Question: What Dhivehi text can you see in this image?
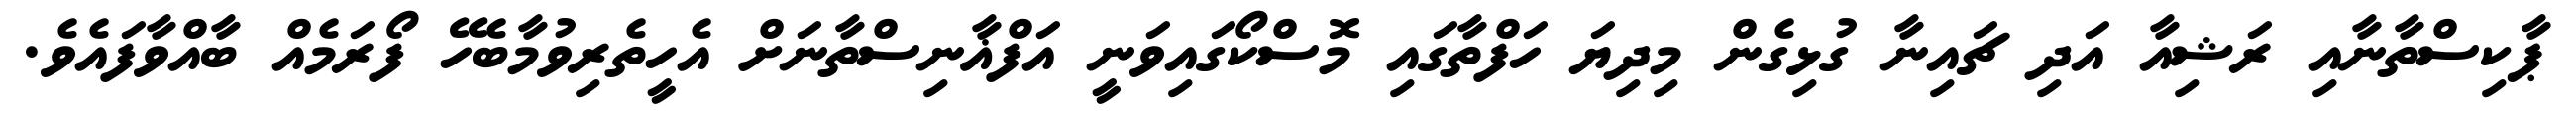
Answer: ޕާކިސްތާނާއި ރަޝިއާ އަދި ޗައިނާ ގުޅިގެން މިދިޔަ ހަފްތާގައި މޮސްކޯގައިވަނީ އަފްޣާނިސްތާނަށް އެހީތެރިވުމާބެހޭ ފޯރަމެއް ބާއްވާފައެވެ.